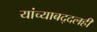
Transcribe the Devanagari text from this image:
यांच्याबद्दलही